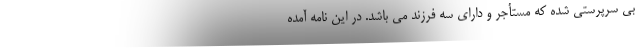
بی سرپرستی شده که مستأجر و دارای سه فرزند می باشد. در این نامه آمده